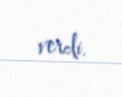
verdi.